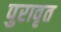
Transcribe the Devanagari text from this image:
पुरावृत